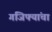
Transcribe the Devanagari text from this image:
गंजिफ्यांचा